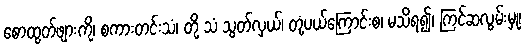
စောထွတ်ဖျားကို၊ စကားတင်းသံ၊ တို့ သံ သွတ်လှယ်၊ တုံ့ပယ်ကြောင်းစ၊ မသိရ၍၊ ကြင်ဆလွမ်းမှု၊